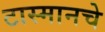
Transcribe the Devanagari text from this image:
टास्मानचे